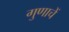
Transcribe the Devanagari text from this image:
गुणाचें